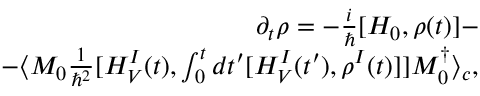
\begin{array} { r l r } & { } & { \partial _ { t } \rho = - \frac { i } { \hbar } [ H _ { 0 } , \rho ( t ) ] - } \\ & { } & { - \langle M _ { 0 } \frac { 1 } { \hbar ^ { 2 } } [ H _ { V } ^ { I } ( t ) , \int _ { 0 } ^ { t } d t ^ { \prime } [ H _ { V } ^ { I } ( t ^ { \prime } ) , \rho ^ { I } ( t ) ] ] M _ { 0 } ^ { \dagger } \rangle _ { c } , } \end{array}